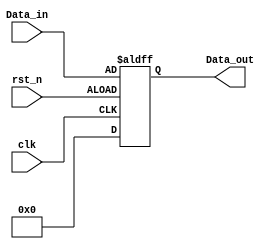
module jic(
clk,rst_n,
Data_in,
Data_out
);

input clk;
input rst_n;
input[3:0] Data_in;
output reg[3:0] Data_out;

always@(posedge clk, negedge rst_n)
	begin
	if(rst_n)
		Data_out <=0;
	else
		Data_out <= Data_in;
   end


endmodule